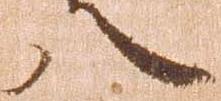
八